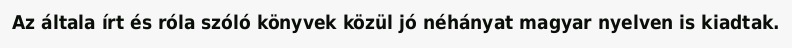
Az általa írt és róla szóló könyvek közül jó néhányat magyar nyelven is kiadtak.